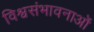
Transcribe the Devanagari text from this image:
विश्वसंभावनाओं